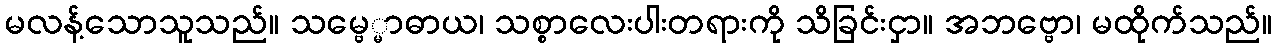
မလန့်သောသူသည်။ သမ္ဗေ္မာဓာယ၊ သစ္စာလေးပါးတရားကို သိခြင်းငှာ။ အဘဗ္ဗော၊ မထိုက်သည်။